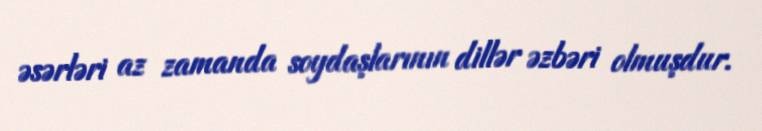
əsərləri az zamanda soydaşlarının dillər əzbəri olmuşdur.